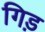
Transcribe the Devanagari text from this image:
गिड़